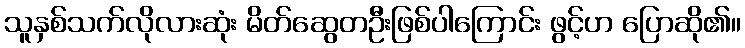
သူနှစ်သက်လိုလားဆုံး မိတ်ဆွေတဦးဖြစ်ပါကြောင်း ဖွင့်ဟ ပြောဆို၏။